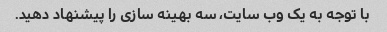
با توجه به یک وب سایت، سه بهینه سازی را پیشنهاد دهید.